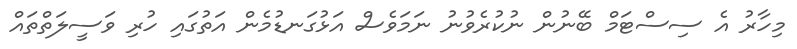
މިހާރު އެ ސިސްޓަމް ބޭނުން ނުކުރެވުނު ނަމަވެސް އަޅުގަނޑުމެން އަތުގައި ހުރި ވަސީލަތްތައް